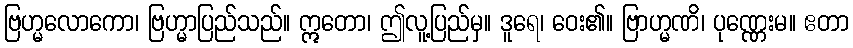
ဗြဟ္မလောကော၊ ဗြဟ္မာပြည်သည်။ ဣတော၊ ဤလူ့ပြည်မှ။ ဒူရေ၊ ဝေး၏။ ဗြာဟ္မဏိ၊ ပုဏ္ဏေးမ။ ဧတာ